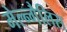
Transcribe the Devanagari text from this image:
मेल्न्गैलिस